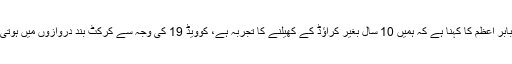
‏پاکستان ون ڈے اور ٹی ٹوئنٹی ٹیم کے کپتان بابر اعظم کا کہنا ہے کہ ہمیں 10 سال بغیر کراؤڈ کے کھیلنے کا تجربہ ہے، کوویڈ 19 کی وجہ سے کرکٹ بند دروازوں میں ہوتی ہے تو یہ دیگر ٹیموں کیلئے ایک چیلنج ہوگا۔